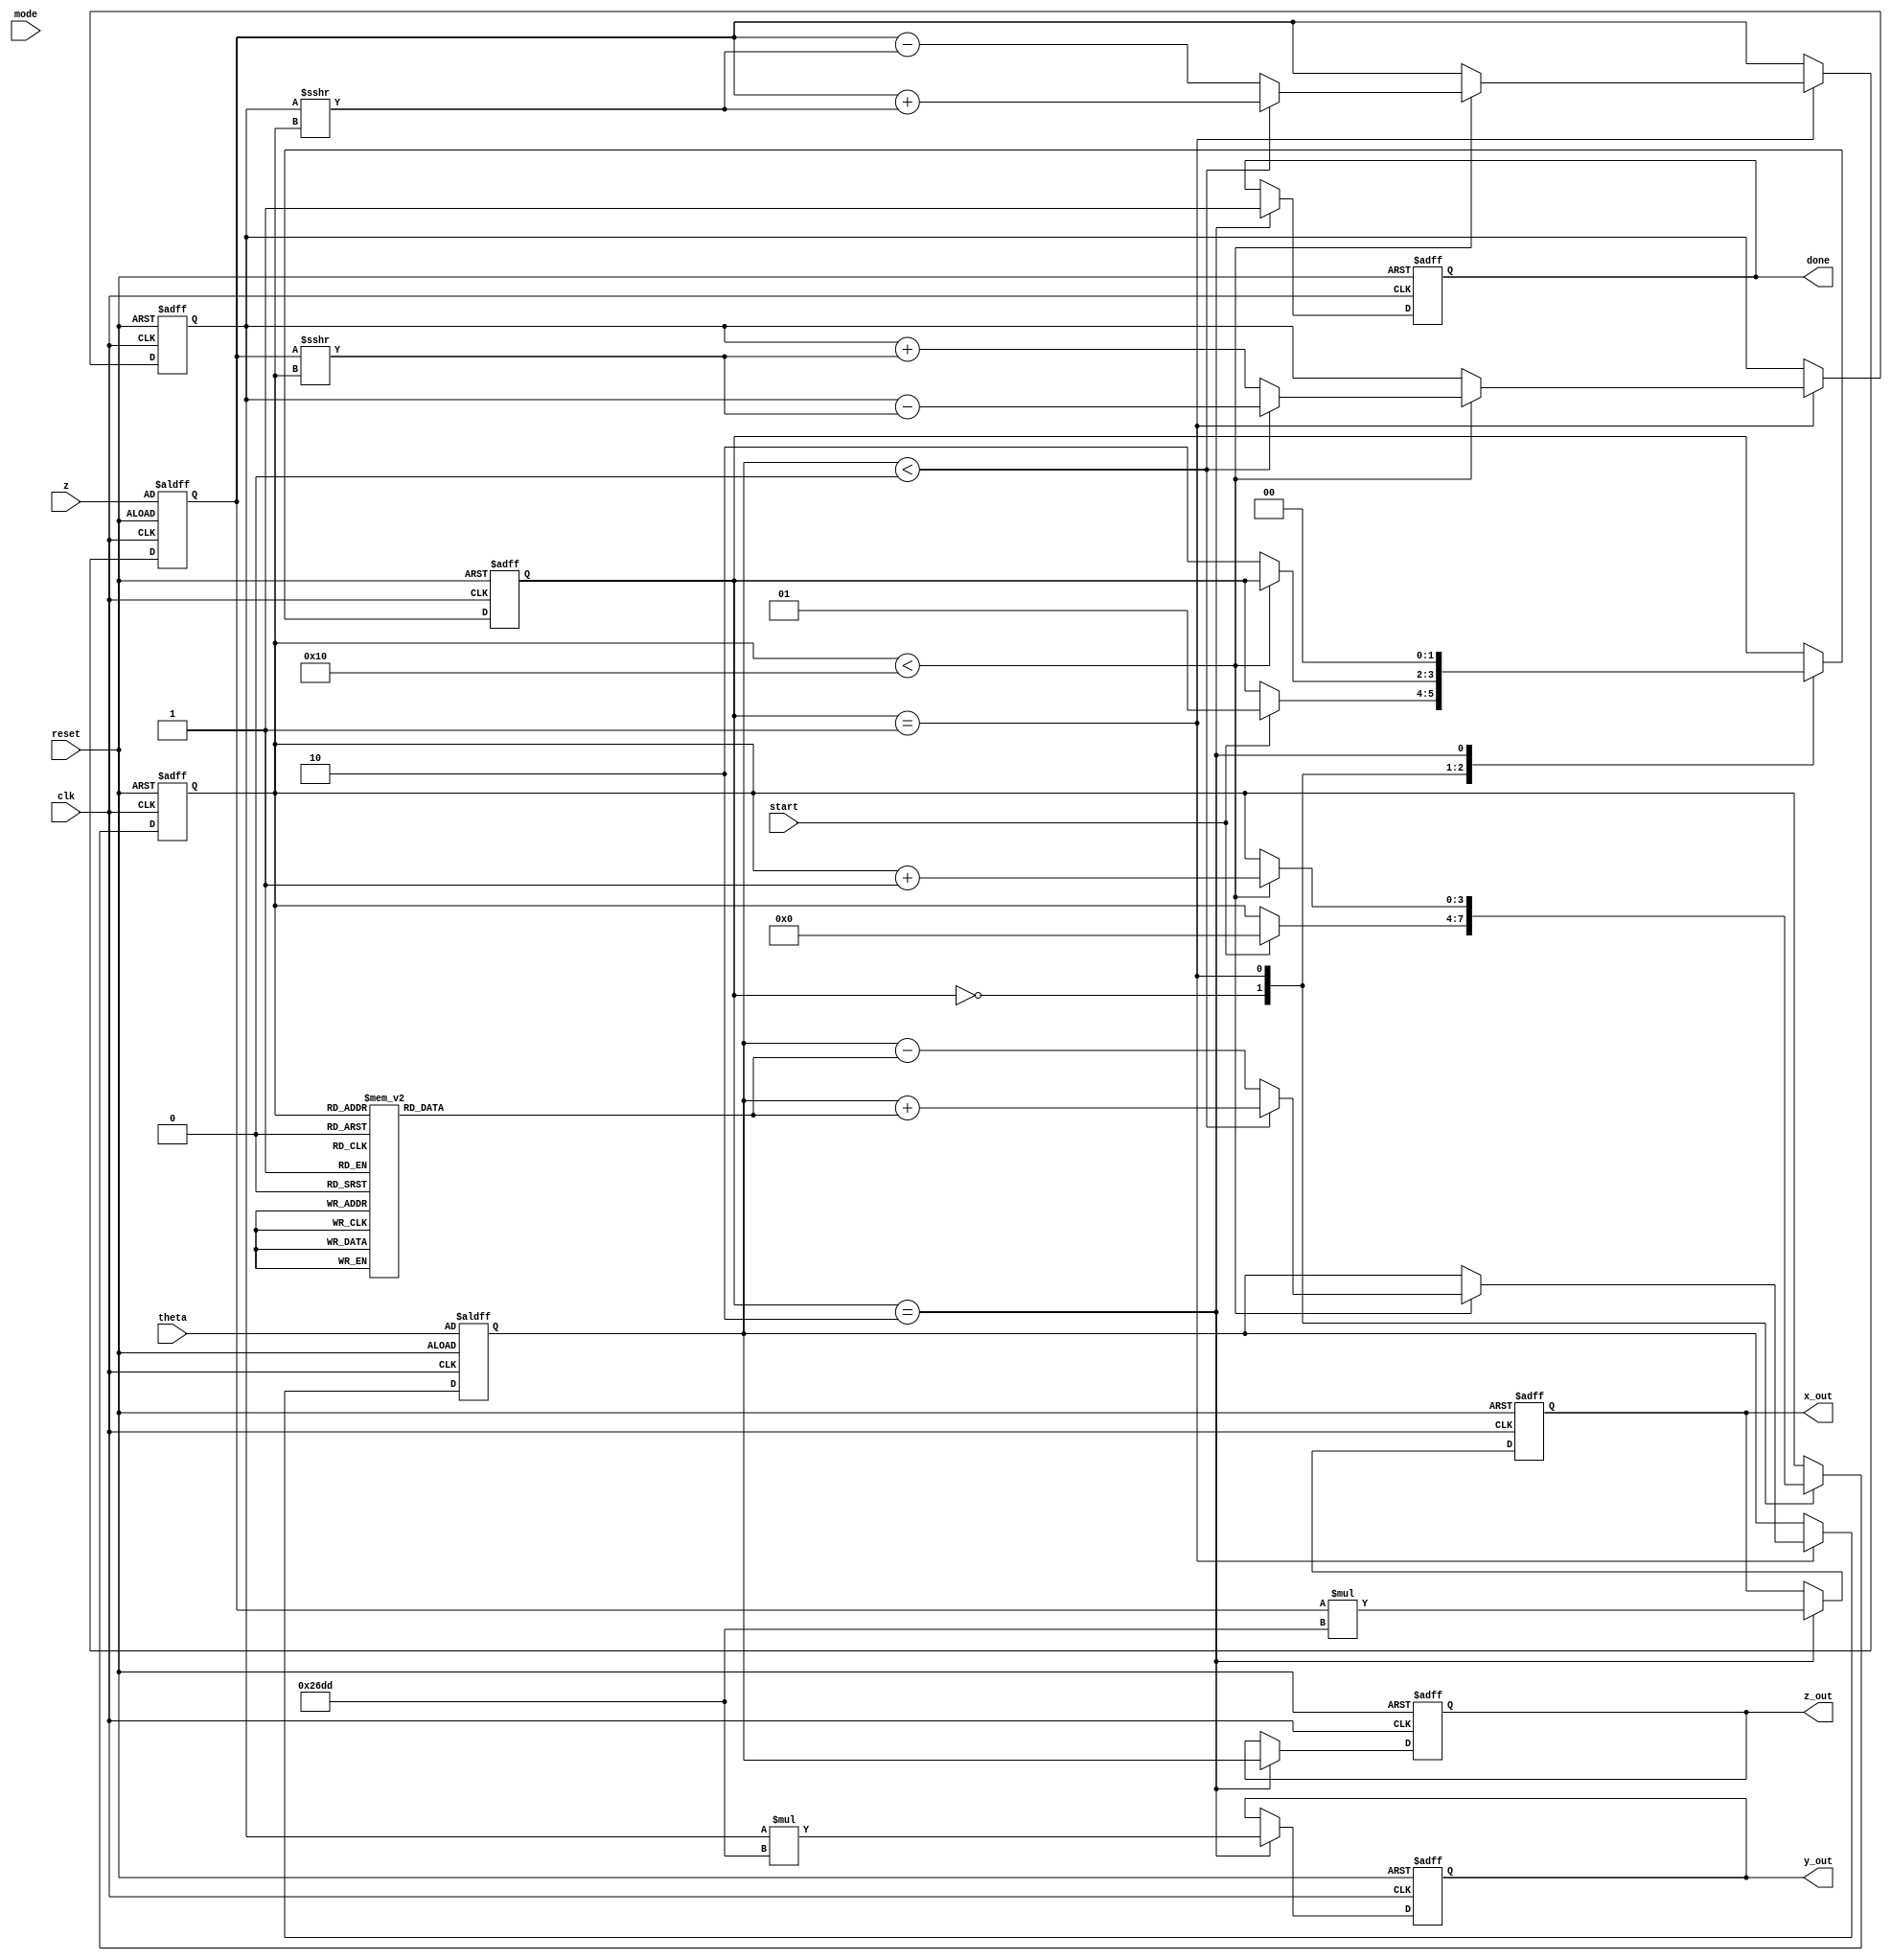
module cordic(
    input clk,
    input reset,
    input [15:0] theta,      // Angle input in fixed-point representation
    input [15:0] z,          // Magnitude input in fixed-point representation
    input [1:0] mode,        // Operation mode: 00 - sine, 01 - cosine, 10 - hyperbolic, 11 - multiplication
    input start,
    output reg [15:0] x_out, // X output
    output reg [15:0] y_out, // Y output
    output reg [15:0] z_out, // Z output
    output reg done          // Done signal
);

    // Parameters
    parameter N = 16; // Number of iterations
    parameter SCALE_FACTOR = 16'h26DD; // Scaling factor (approx. 0.607)

    // Internal registers
    reg [15:0] x, y, z_reg;
    reg [15:0] angle;
    reg [3:0] iteration; // Iteration counter
    reg [1:0] state;     // State machine

    // CORDIC lookup table for arctangent values
    reg [15:0] atan_table [0:N-1];
    initial begin
        atan_table[0] = 16'h2000; // atan(2^-0)
        atan_table[1] = 16'h1666; // atan(2^-1)
        atan_table[2] = 16'h0D89; // atan(2^-2)
        atan_table[3] = 16'h0A3D; // atan(2^-3)
        atan_table[4] = 16'h0523; // atan(2^-4)
        atan_table[5] = 16'h0286; // atan(2^-5)
        atan_table[6] = 16'h0142; // atan(2^-6)
        atan_table[7] = 16'h00A1; // atan(2^-7)
        atan_table[8] = 16'h0051; // atan(2^-8)
        atan_table[9] = 16'h0028; // atan(2^-9)
        atan_table[10] = 16'h0014; // atan(2^-10)
        atan_table[11] = 16'h000A; // atan(2^-11)
        atan_table[12] = 16'h0005; // atan(2^-12)
        atan_table[13] = 16'h0002; // atan(2^-13)
        atan_table[14] = 16'h0001; // atan(2^-14)
        atan_table[15] = 16'h0000; // atan(2^-15)
    end

    // State machine
    always @(posedge clk or posedge reset) begin
        if (reset) begin
            state <= 0;
            done <= 0;
            iteration <= 0;
            x <= z; // Initialize x with magnitude input
            y <= 16'h0000; // Initialize y to 0
            z_reg <= theta; // Initialize angle
            x_out <= 0;
            y_out <= 0;
            z_out <= 0;
        end else begin
            case (state)
                0: begin // Idle state
                    if (start) begin
                        iteration <= 0;
                        state <= 1; // Move to computation state
                    end
                end
                1: begin // Computation state
                    if (iteration < N) begin
                        if (z_reg < 0) begin
                            // Perform rotation in the negative direction
                            x <= x + (y >>> iteration);
                            y <= y - (x >>> iteration);
                            z_reg <= z_reg + atan_table[iteration];
                        end else begin
                            // Perform rotation in the positive direction
                            x <= x - (y >>> iteration);
                            y <= y + (x >>> iteration);
                            z_reg <= z_reg - atan_table[iteration];
                        end
                        iteration <= iteration + 1;
                    end else begin
                        // Finished all iterations
                        state <= 2; // Move to output state
                    end
                end
                2: begin // Output state
                    x_out <= x * SCALE_FACTOR; // Apply scaling factor
                    y_out <= y * SCALE_FACTOR; // Apply scaling factor
                    z_out <= z_reg; // Final angle/magnitude
                    done <= 1; // Indicate completion
                    state <= 0; // Return to idle state
                end
            endcase
        end
    end
endmodule